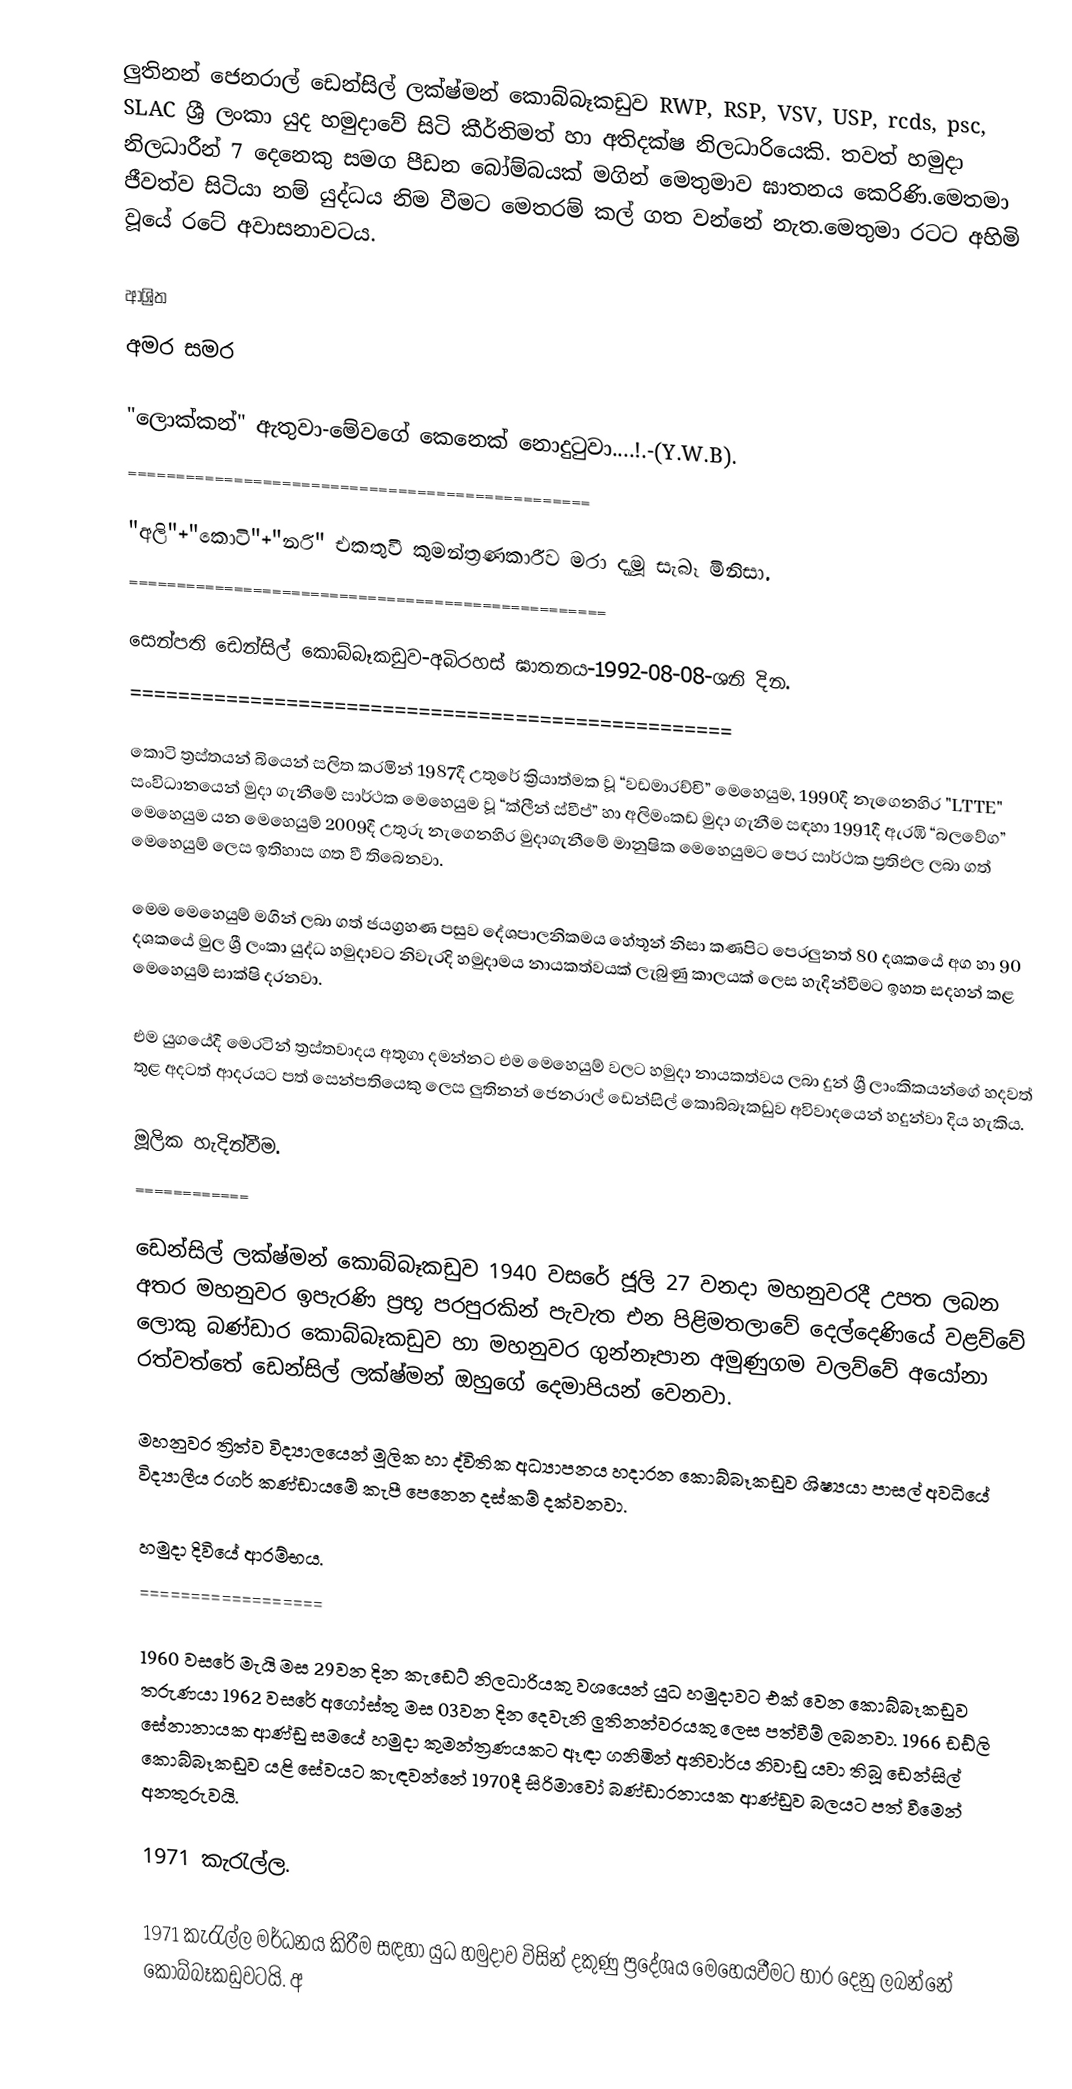
ලුතිනන් ජෙනරාල් ඩෙන්සිල් ලක්ෂ්මන් කොබ්බෑකඩුව RWP, RSP, VSV, USP, rcds, psc, SLAC ශ්‍රී ලංකා යුද හමුදාවේ සිටි කීර්තිමත් හා අතිදක්ෂ නිලධාරියෙකි. තවත් හමුදා නිලධාරීන් 7 දෙනෙකු සමග පීඩන බෝම්බයක් මගින් මෙතුමාව ඝාතනය කෙරිණි.මෙතමා ජීවත්ව සිටියා නම් යුද්ධය නිම වීමට මෙතරම් කල් ගත වන්නේ නැත.මෙතුමා රටට අහිමි වූයේ රටේ අවාසනාවටය.

ආශ්‍රිත
අමර සමර

"ලොක්කන්" ඇතුවා-මේවගේ කෙනෙක් නොදුටුවා....!.-(Y.W.B).
================================================

"අලි"+"කොටි"+"නරි" එකතුවී කුමන්ත්‍රණකාරීව මරා දැමූ සැබෑ මිනිසා.
==================================================

සෙන්පති ඩෙන්සිල් කොබ්බෑකඩුව-අබිරහස් ඝාතනය-1992-08-08-ශනි දින.
==================================================

කොටි ත්‍රස්තයන් බියෙන් සලිත කරමින් 1987දී උතුරේ ක්‍රියාත්මක වූ “වඩමාරච්චි” මෙහෙයුම, 1990දී නැගෙනහිර "LTTE" සංවිධානයෙන් මුදා ගැනීමේ සාර්ථක මෙහෙයුම වූ “ක්ලීන් ස්වීප්” හා අලිමංකඩ මුදා ගැනීම සඳහා 1991දී ඇරඹි “බලවේග” මෙහෙයුම යන මෙහෙයුම් 2009දී උතුරු නැගෙනහිර මුදාගැනීමේ මානුෂික මෙහෙයුමට පෙර සාර්ථක ප්‍රතිඵල ලබා ගත් මෙහෙයුම් ලෙස ඉතිහාස ගත වී තිබෙනවා.

මෙම මෙහෙයුම් මගින් ලබා ගත් ජයග්‍රහණ පසුව දේශපාලනිකමය හේතූන් නිසා කණපිට පෙරලුනත් 80 දශකයේ අග හා 90 දශකයේ මුල ශ්‍රී ලංකා යුද්ධ හමුදාවට නිවැරදි හමුදාමය නායකත්වයක් ලැබුණු කාලයක් ලෙස හැදින්වීමට ඉහත සදහන් කළ මෙහෙයුම් සාක්ෂි දරනවා.

එම යුගයේදී මෙරටින් ත්‍රස්තවාදය අතුගා දමන්නට එම මෙහෙයුම් වලට හමුදා නායකත්වය ලබා දුන් ශ්‍රී ලාංකිකයන්ගේ හදවත් තුළ අදටත් ආදරයට පත් සෙන්පතියෙකු ලෙස ලුතිනන් ජෙනරාල් ඩෙන්සිල් කොබ්බෑකඩුව අවිවාදයෙන් හදුන්වා දිය හැකිය.

මූලික හැදින්වීම.
============

ඩෙන්සිල් ලක්ෂ්මන් කොබ්බෑකඩුව 1940 වසරේ ජූලි 27 වනදා මහනුවරදී උපත ලබන අතර මහනුවර ඉපැරණි ප්‍රභූ පරපුරකින් පැවැත එන පිළිමතලාවේ දෙල්දෙණියේ වළව්වේ ලොකු බණ්ඩාර කොබ්බෑකඩුව හා මහනුවර ගුන්නෑපාන අමුණුගම වලව්වේ අයෝනා රත්වත්තේ ඩෙන්සිල් ලක්ෂ්මන් ඔහුගේ දෙමාපියන් වෙනවා.

මහනුවර ත්‍රිත්ව විද්‍යාලයෙන් මූලික හා ද්විතික අධ්‍යාපනය හදාරන කොබ්බෑකඩුව ශිෂ්‍යයා පාසල් අවධියේ විද්‍යාලීය රගර් කණ්ඩායමේ කැපී පෙනෙන දස්කම් දක්වනවා.

හමුදා දිවියේ ආරම්භය.
==================

1960 වසරේ මැයි මස 29වන දින කැඩෙට්‌ නිලධාරියකු වශයෙන් යුධ හමුදාවට එක් වෙන කොබ්බෑකඩුව තරුණයා 1962 වසරේ අගෝස්තු මස 03වන දින දෙවැනි ලුතිනන්වරයකු ලෙස පත්වීම් ලබනවා. 1966 ඩඩ්ලි සේනානායක ආණ්ඩු සමයේ හමුදා කුමන්ත්‍රණයකට ඈඳා ගනිමින් අනිවාර්ය නිවාඩු යවා තිබූ ඩෙන්සිල් කොබ්බෑකඩුව යළි සේවයට කැඳවන්නේ 1970දී සිරිමාවෝ බණ්ඩාරනායක ආණ්ඩුව බලයට පත් වීමෙන් අනතුරුවයි.

1971 කැරැල්ල.

1971 කැරැල්ල මර්ධනය කිරීම සඳහා යුධ හමුදාව විසින් දකුණු ප්‍රදේශය මෙහෙයවීමට භාර දෙනු ලබන්නේ කොබ්බෑකඩුවටයි. අ